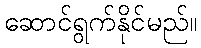
ဆောင်ရွက်နိုင်မည်။